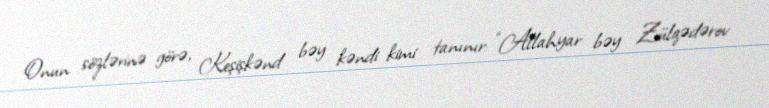
Onun sözlərinə görə, Keşişkənd bəy kəndi kimi tanınır: “Allahyar bəy Zülqədərov